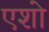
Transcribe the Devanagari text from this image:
एशो